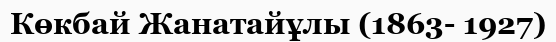
Көкбай Жанатайұлы (1863- 1927)